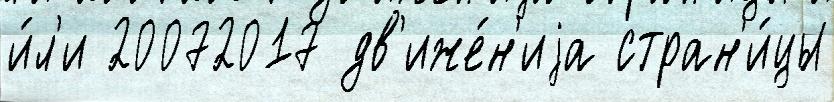
и́л'и 20072017 дв'иже́н'иjа стран'и́цы